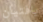
يافتيان